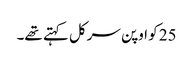
25 کو اوپن سرکل کہتے تھے۔